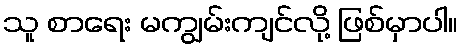
သူ စာရေး မကျွမ်းကျင်လို့ ဖြစ်မှာပါ။